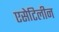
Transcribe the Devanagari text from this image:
एसेटिलीन